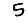
Digit: 5